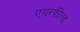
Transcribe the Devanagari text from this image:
एयरफील्‍ड